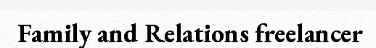
Family and Relations freelancer